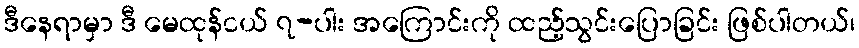
ဒီနေရာမှာ ဒီ မေထုန်ငယ် ၇-ပါး အကြောင်းကို ထည့်သွင်းပြောခြင်း ဖြစ်ပါတယ်၊